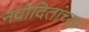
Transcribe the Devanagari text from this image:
नवोदितांच्या